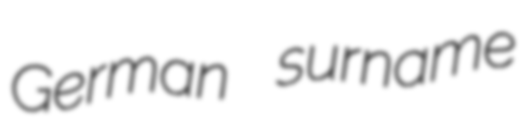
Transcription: German surname